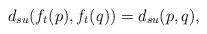
LaTeX: \begin{align*} d_{su}(f_t(p),f_t(q)) = d_{su}(p,q),\end{align*}